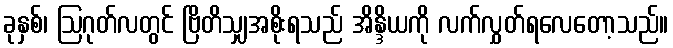
ခုနှစ်၊ ဩဂုတ်လတွင် ဗြိတိသျှအစိုးရသည် အိန္ဒိယကို လက်လွှတ်ရလေတော့သည်။